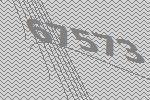
67573